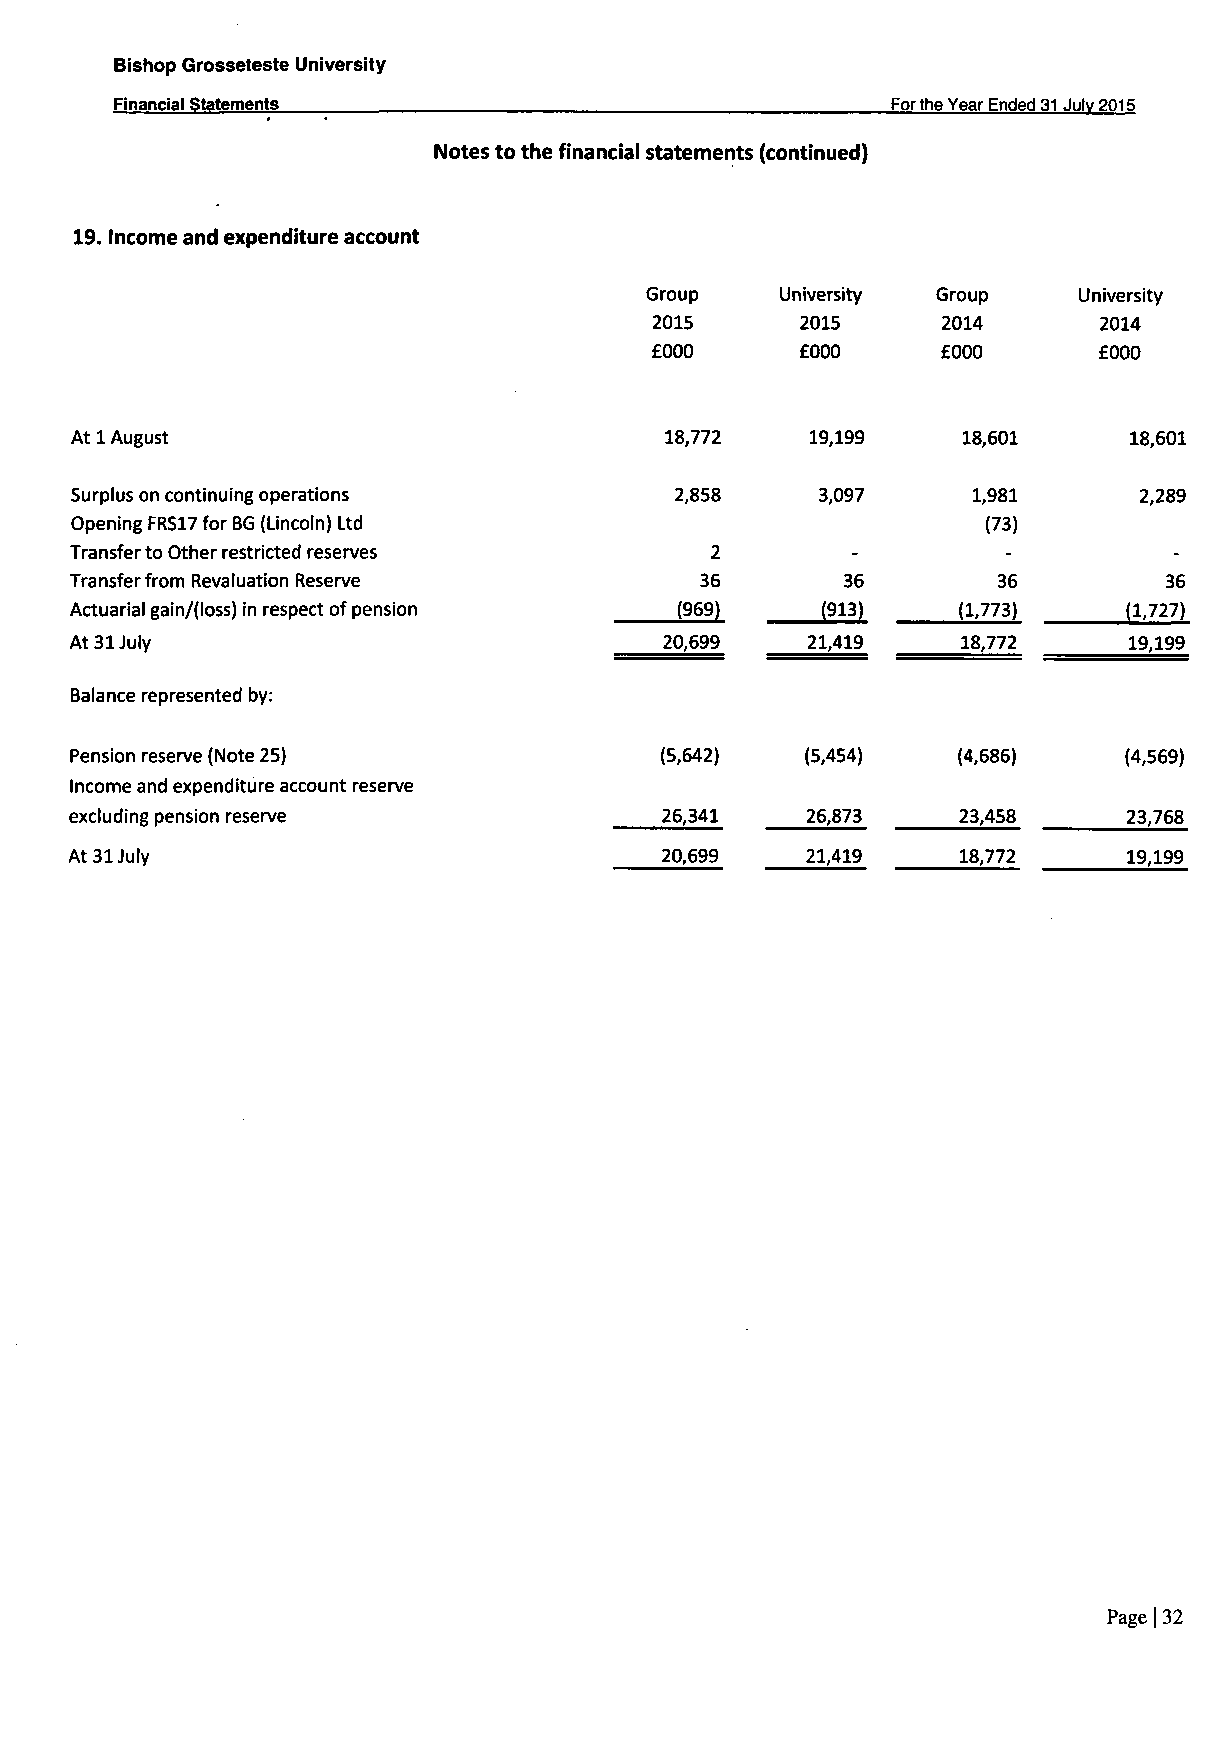
Bishop Grosseteste University
 Financial Statements                               Forthe Year Ended 31 Julv 2015
 Notes to the financial statements (continued)
 19. Income and expenditure account
 Group    University Group   University
 2015      2015     2014       2014
 £000      £000     £000       £000
 At 1 August                            18,772    19,199    18,601     18,601
 Surplus on continuing operations        2,858    3,097     1,981      2,289
 Opening FRS17 for BG (Lincoln) Ltd                          (73)
 Transfer to Other restricted reserves     2
 Transfer from Revaluation Reserve        36        36        36         36
 Actuarial gain/(loss) in respect of pension (969) (913)   (1,773)     (1,727)
 At 31 July                             20,699   21,419     18,772     19,199
 Balance represented by:
 Pension reserve (Note 25)              (5,642)  (5,454)   (4,686)    (4,569)
 Income and expenditure account reserve
 excluding pension reserve              26,341   26,873    23,458      23,768
 At 31 July                             20,699   21,419    18,772      19,199
 Page|32